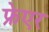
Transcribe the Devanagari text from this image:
फ्रेएर